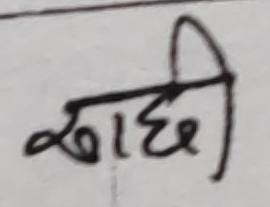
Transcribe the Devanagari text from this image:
खाडी